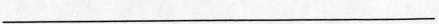
___